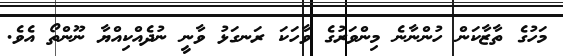
މަހުގެ ތާޒާކަން ހުންނާނެ މިންވަރުގެ ވާހަކަ ރަނގަޅު ވާނީ ނުދެއްކިއްޔާ ނޫންތޯ އެވެ.